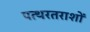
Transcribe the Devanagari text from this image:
पत्थरतराशों